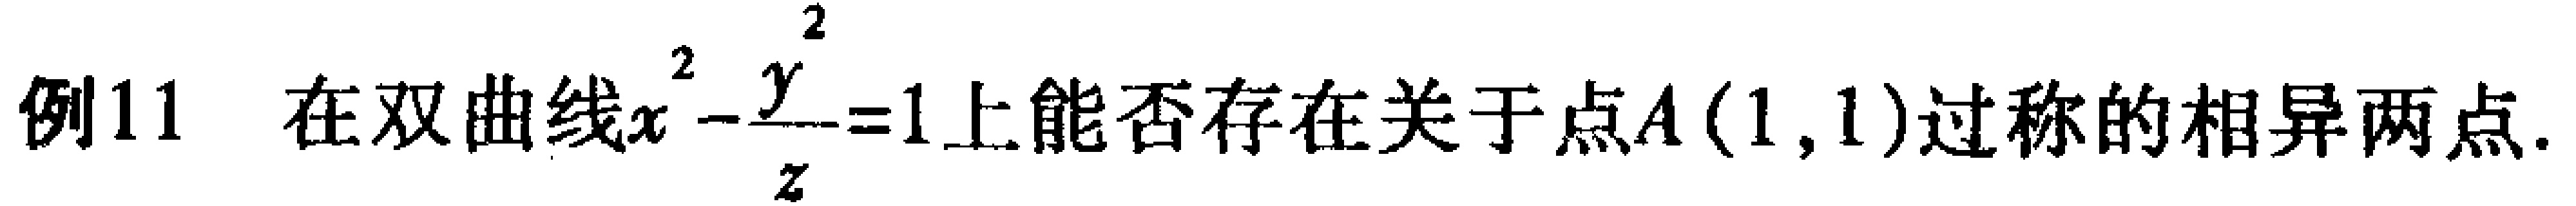
例11 在双曲线$x^{2}-\frac{y^{2}}{2}=1$上能否存在关于点$A(1,1)$对称的相异两点.